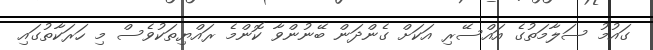
ގައުމު ސަލާމަތުގެ އައްސޭރި އަކަށް ގެންދަން ބޭނުންވާ ކޮންމެ ރައްޔިތަކުވެސް މި ހަރަކާތުގައި